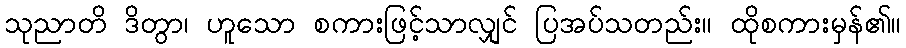
သုညာတိ ဒိတွာ၊ ဟူသော စကားဖြင့်သာလျှင် ပြအပ်သတည်း။ ထိုစကားမှန်၏။